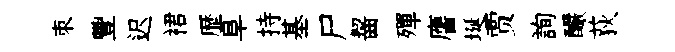
朿豐迟裙歴阜持基尸齧殫譍埏贾詢釅荻